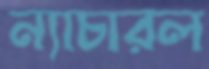
ন্যাচারল